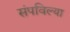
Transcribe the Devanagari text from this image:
संपविल्या